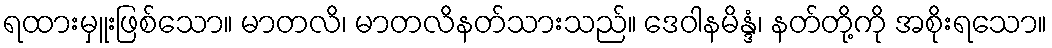
ရထားမှူးဖြစ်သော။ မာတလိ၊ မာတလိနတ်သားသည်။ ဒေဝါနမိန္ဒံ၊ နတ်တို့ကို အစိုးရသော။